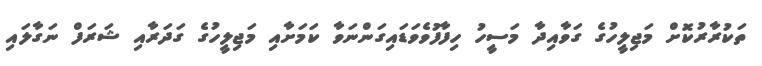
ތަކުރާރުކޮށް މަޖިލީހުގެ ގަވާއިދާ މަސީހު ހިފާފުވެވަޑައިގަންނަވާ ކަމަށާއި މަޖިލީހުގެ ގަދަރާއި ޝަރަފް ނަގާލައި